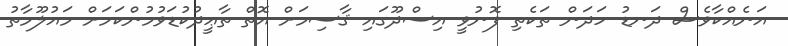
އަނެއްކާވެސް ދަނޑު ހަދަން ތަކެތި ފޮނުވީ އިސްދޫގައި ޤާސިމަށް އޮތް ތާޢީދުކުޑަވުމުންކަމަށް މައުލޫމާތު